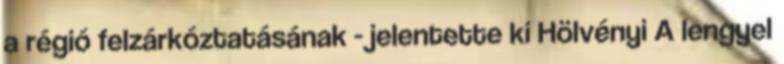
a régió felzárkóztatásának - jelentette ki Hölvényi A lengyel